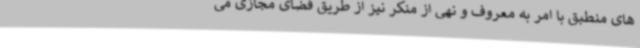
های منطبق با امر به معروف و نهی از منکر نیز از طریق فضای مجازی می